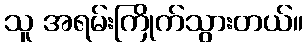
သူ အရမ်းကြိုက်သွားတယ်။